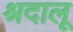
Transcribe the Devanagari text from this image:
श्रदालू